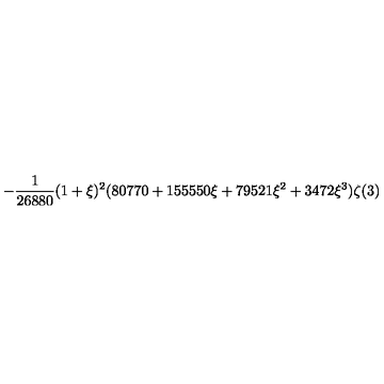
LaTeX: \displaystyle - \frac { 1 } { 2 6 8 8 0 } ( 1 + \xi ) ^ { 2 } ( 8 0 7 7 0 + 1 5 5 5 5 0 \xi + 7 9 5 2 1 \xi ^ { 2 } + 3 4 7 2 \xi ^ { 3 } ) \zeta ( 3 )